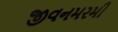
જીવનમરમી